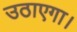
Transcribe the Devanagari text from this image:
उठाएगा।